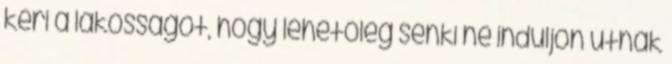
kéri a lakosságot, hogy lehetőleg senki ne induljon útnak